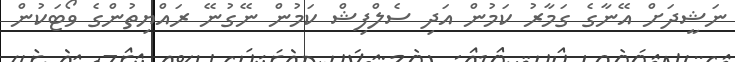
ނަޝީދަށް އޭނާގެ ގަމާރު ކަމުން އަދި ސެލްފިޝް ކަމުން ނޭގުނޭ ރައްޔިތުންގެ ވޯޓަކުން